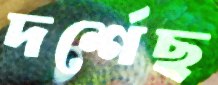
দর্শেছ